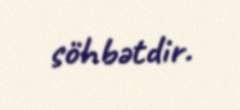
söhbətdir.